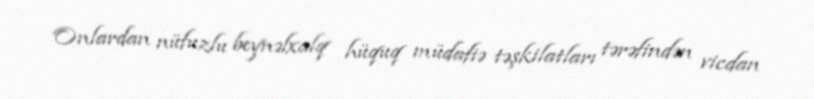
Onlardan nüfuzlu beynəlxalq hüquq müdafiə təşkilatları tərəfindən vicdan